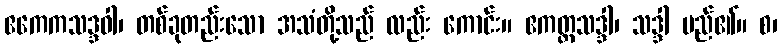
ဧကေကသဒ္ဒဝါ၊ တစ်ခုတည်းသော အသံတို့သည် လည်း ကောင်း။ ဧကတ္တသဒ္ဒါ၊ သဒ္ဒါ မည်၏။ စ၊